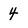
Character: 4